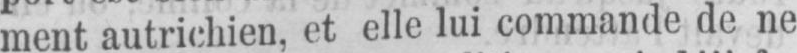
ment autrichien, et elle lui commande de ne